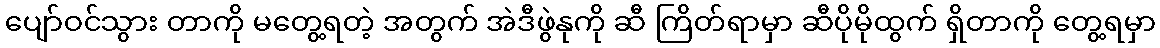
ပျော်ဝင်သွား တာကို မတွေ့ရတဲ့ အတွက် အဲဒီဖွဲနုကို ဆီ ကြိတ်ရာမှာ ဆီပိုမိုထွက် ရှိတာကို တွေ့ရမှာ